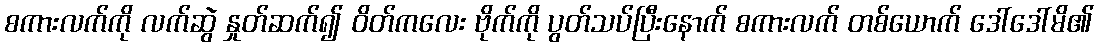
စကားလက်ကို လက်ဆွဲ နှုတ်ဆက်၍ ဝိတ်ကလေး ဗိုက်ကို ပွတ်သပ်ပြီးနောက် စကားလက် တစ်ယောက် ဒေါ်ဒေါ်မိ၏